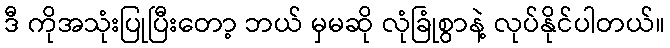
ဒီ ကိုအသုံးပြုပြီးတော့ ဘယ် မှမဆို လုံခြုံစွာနဲ့ လုပ်နိုင်ပါတယ်။